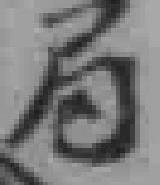
局